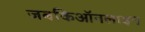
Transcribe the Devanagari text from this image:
जबकिऑनलाइन